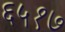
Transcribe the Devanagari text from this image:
६५१७